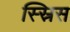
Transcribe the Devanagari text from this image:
स्स्रिस